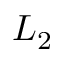
L _ { 2 }